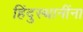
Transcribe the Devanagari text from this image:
हिंदुस्थानींना